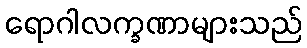
ရောဂါလက္ခဏာများသည်